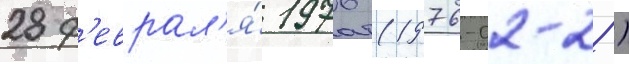
28 ф'еврал'я́ 1976 (1976-02-28)